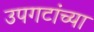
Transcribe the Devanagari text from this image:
उपगटांच्या